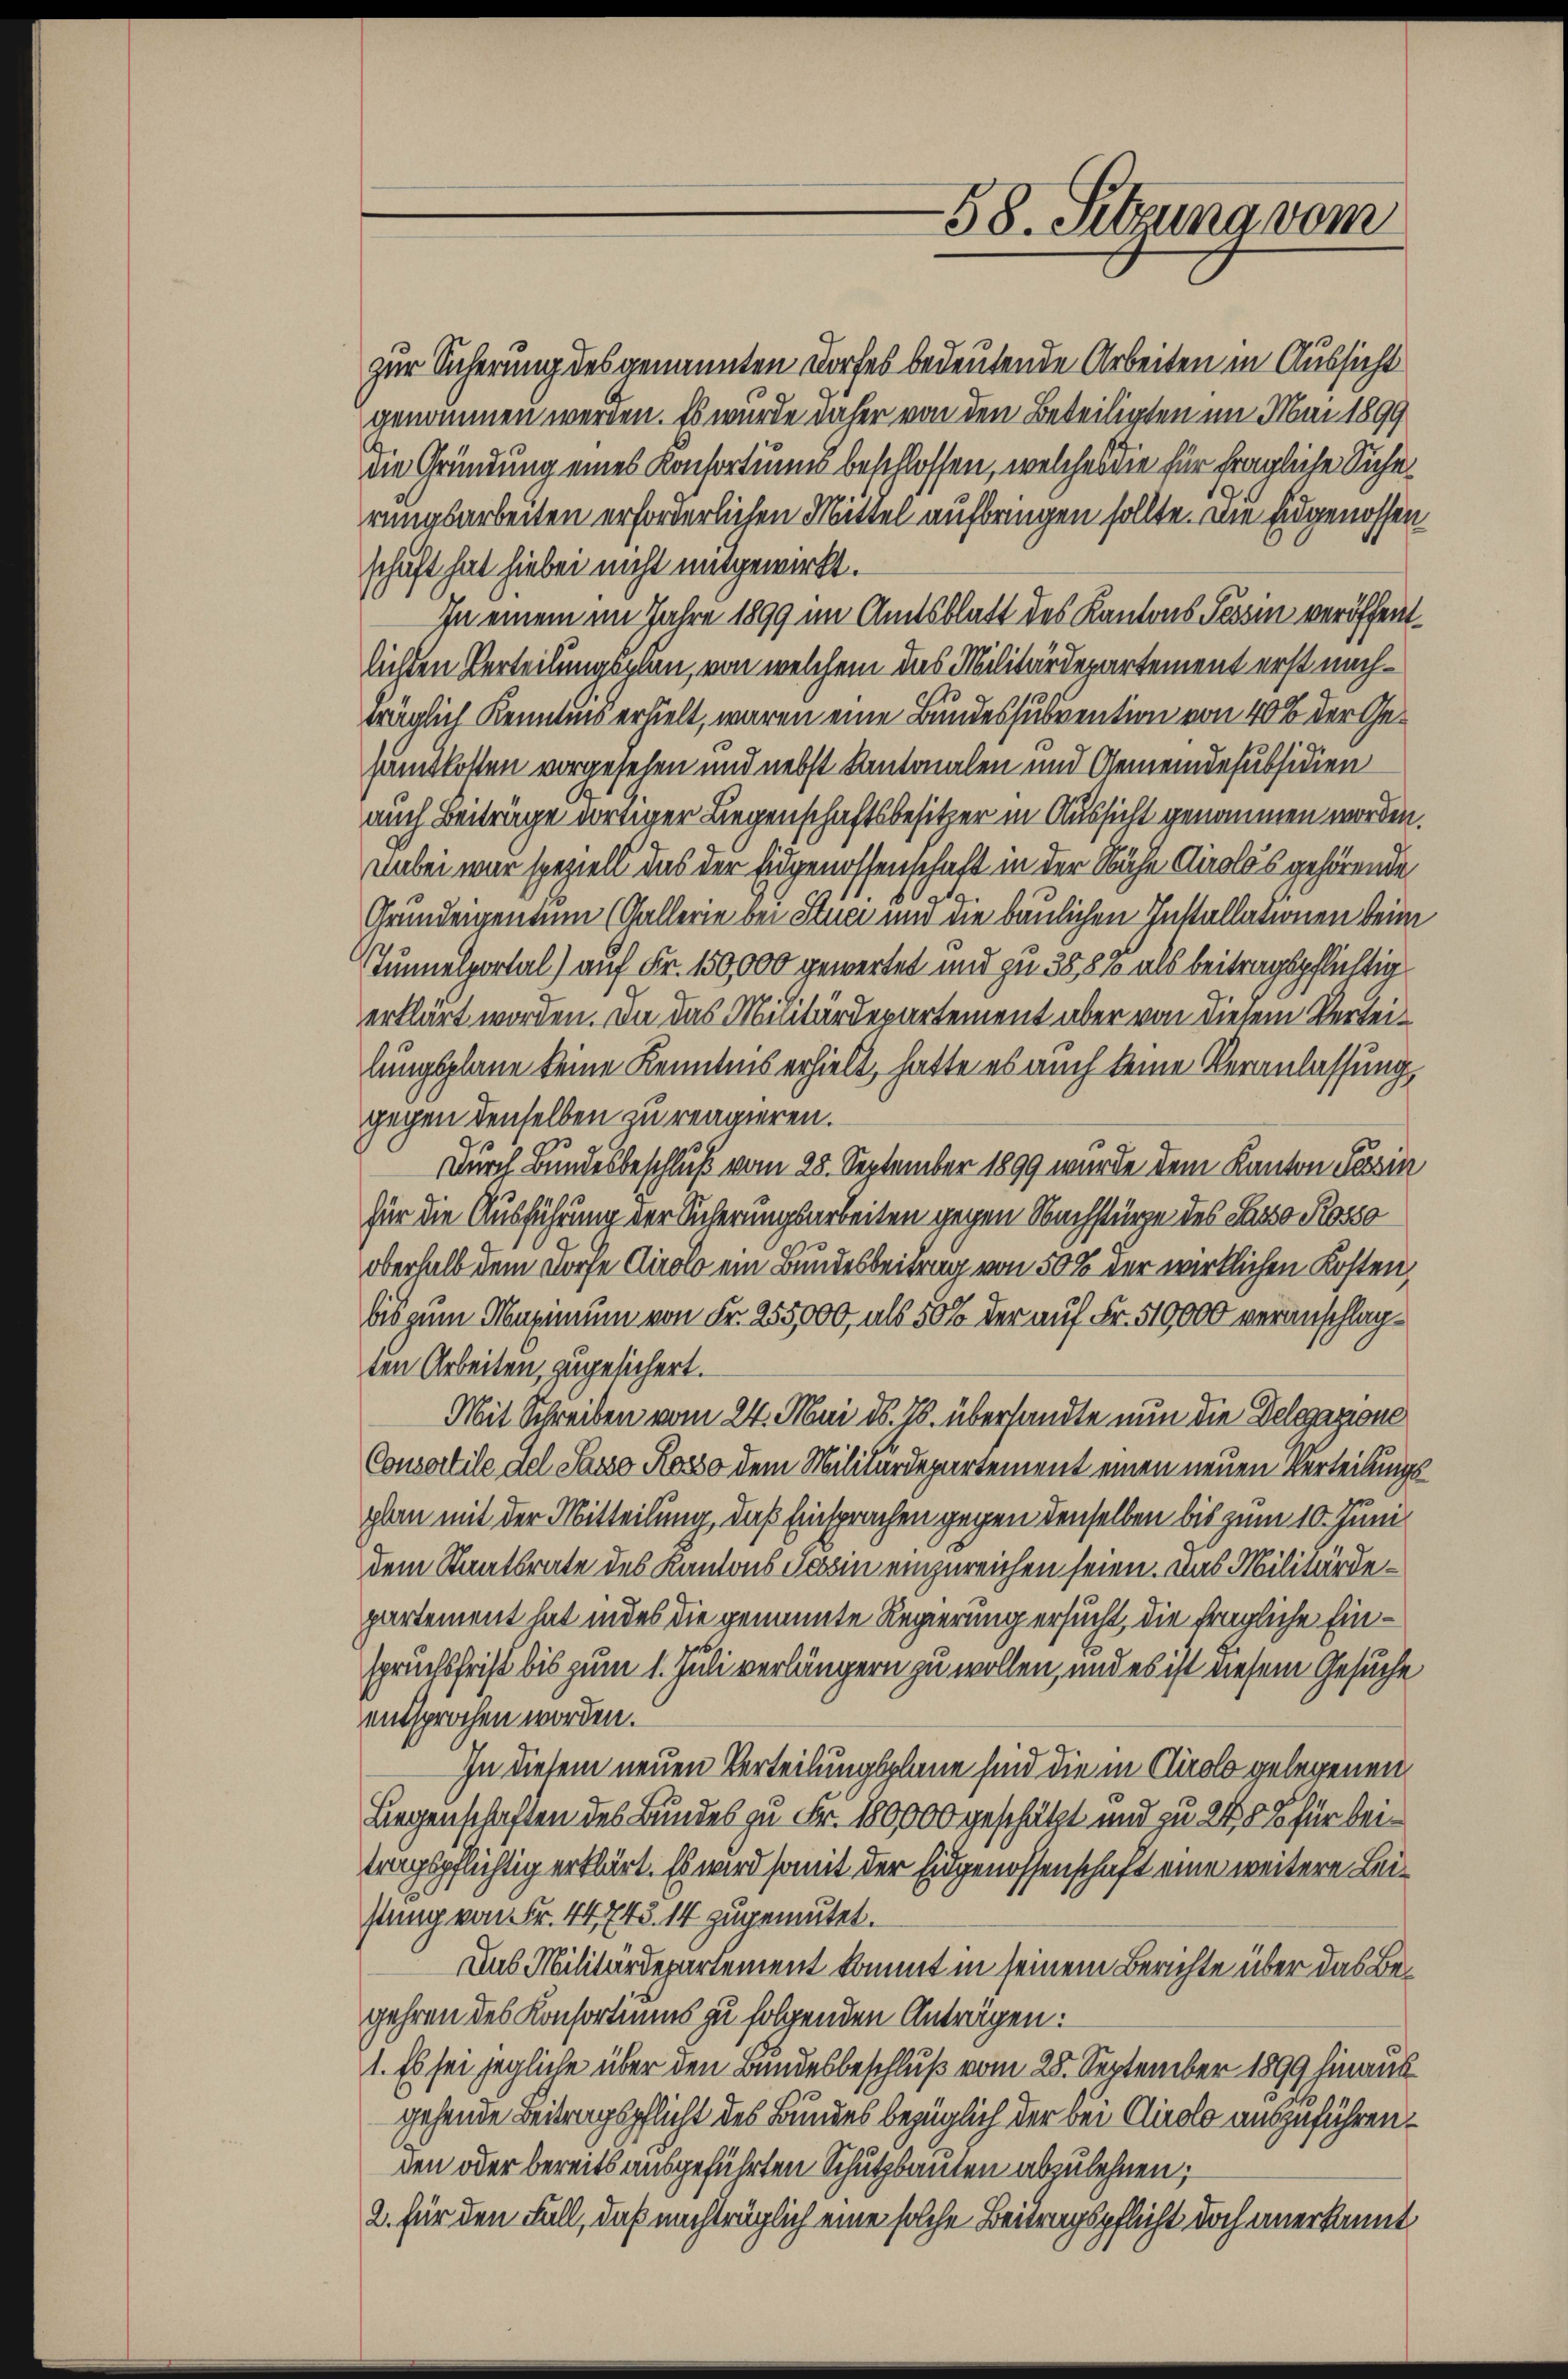
die Gründung eines Konsortius beschlossen, welches die für fragliche Siche
rungsarbeiten erforderlichen Mittel aufbringen sollte. Die Eidgenossen
schaft hat hiebei nicht mitgewirkt.
In einem im Jahre 1899 im Amtsblatt des Kantons Tessin veröffentlichten Verteilungsplan, von welchem das Militärdepartement erst nachträglich Kenntnis erhielt, waren eine Bundessubvention von 40% der Gesamtkosten vorgesehen und nebst Kantonalen und Gemeinde subsidien
auch Beiträge dortiger Liegenschaftsbesitzer in Aussicht genommen worden.
Dabei war speziell das der Eidgenossenschaft in der Nähe Airolos gehörende
g
Grundeigentum (Gallerie bei Stuci und die baulichen Installationen beim
Tunnelportal) auf Fr. 150,000 gewertet und zu 38,8% als beitragspflichtig
erklärt worden. Da das Militärdepartement aber von diesem Verteilungsplane keine Kenntnis erhielt, hatte es auch keine Veranlassung,
gegen denselben zu reagieren.
Durch Bundesbeschluß vom 28. September 1899 wurde dem Kanton Tessin
für die Ausführung der Sicherungsarbeiten gegen Nachstürze des Passo Rosso
oberhalb dem Dorfe Airolo ein Bundesbeitrag von 50 % der wirklichen Kosten,
bis zum Maximum von Fr. 255,000, als 50% der auf Fr. 510,000 veranschlagten Arbeiten, zugesichert.
Mit Schreiben vom 24. Mai d. 16. übersandte nun die Delegazione
Consertile del Sasso Rosso dem Militärdepartement einen neuen Verteilungsplan mit der Mitteilung, daß Einsprachen gegen denselben bis zum 10. Juni
dem Staatsrate des Kantons Tessin einzureichen seien. Das Militärdepartement hat indes die genannte Regierung ersucht, die fragliche Einspruchsfrist bis zum 1. Juli verlängern zu wollen, und es ist diesem Gesuche
entsprochen worden.
In diesem neuen Verteilungsplane sind die in Clirolo gelegenen
Liegenschaften des Bundes zu Fr. 180000 geschätzt und zu 2488 für beitragspflichtig erklärt. Es wird somit der Eidgenossenschaft eine weitere Leistung von Fr. 44, 745. 14 zugemutet.
Aus Militärdepartement kommt in seinem Berichte über das Begehren des Konsortiums zu folgenden Anträgen:
1. Es sei jegliche über den Bundesbeschluß vom 28. September 1899 hinaus
gehende Beitragspflicht des Bundes bezüglich der bei Cirolo auszuführen.
den oder bereits ausgeführten Schutzbauten abzulehnen;
2. für den Fall, daß nachträglich eine solche Beitragspflicht doch anerkannt,

zur Sicherung des genannten Dorfes bedeutende Arbeiten in Aussicht
genommen werden. Es wurde daher von den Beteiligten im Mai 1899

58. Setzung vom